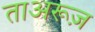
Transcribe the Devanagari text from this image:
ताअरूज़